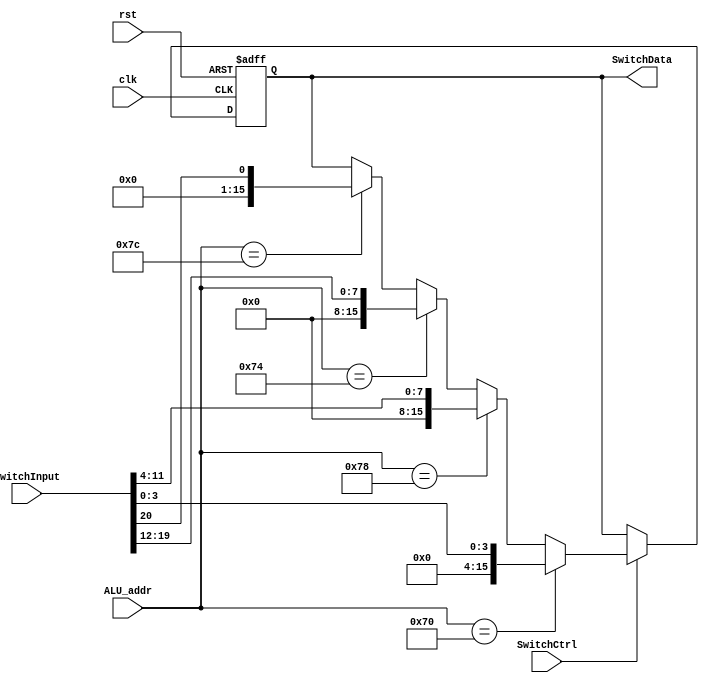
`timescale 1ns / 1ps

module In(
    clk, 
    rst, 
    SwitchCtrl, 
    SwitchInput, 
    ALU_addr, 
    SwitchData);

input clk;
input rst;
input SwitchCtrl; 
input [23:0] SwitchInput; 
input[7:0] ALU_addr; 
output[15:0] SwitchData; 


reg [15:0] SwitchData_reg;
assign SwitchData = SwitchData_reg;

always @(negedge clk or posedge rst) begin
    if (rst) begin
        SwitchData_reg <= 16'h0000;
    end
    else begin
        if (SwitchCtrl) begin
            if (ALU_addr == 8'h70) begin
                SwitchData_reg <= {12'h000 ,SwitchInput[3:0]};
            end
            else if(ALU_addr == 8'h78) begin
                SwitchData_reg <= {8'h00 ,SwitchInput[11:4]};
            end
            else if (ALU_addr == 8'h74) begin
                SwitchData_reg <= {8'h00, SwitchInput[19:12]};
            end
            else if (ALU_addr == 8'h7C) begin
                SwitchData_reg <= {15'b0000_0000_0000_000, SwitchInput[20:20]};
            end
    end    
    end

end
    
endmodule